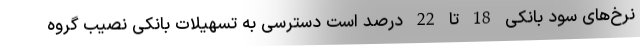
نرخ‌های سود بانکی 18 تا 22 درصد است دسترسی به تسهیلات بانکی نصیب گروه